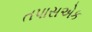
તપાસએક